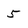
Character: 5